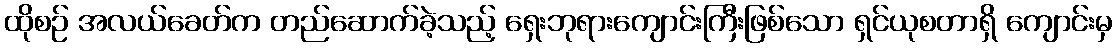
ထိုစဉ် အလယ်ခေတ်က တည်ဆောက်ခဲ့သည့် ရှေးဘုရားကျောင်းကြီးဖြစ်သော ရှင်ယုစတာရှိ ကျောင်းမှ